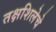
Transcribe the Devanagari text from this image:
तक्षशिलेचे